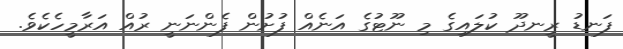
ފަނޑު ރީނދޫ ކުލައިގެ މި ނޫޓުގެ އަނެއް ފުށުން ފެންނަނީ ރުއް އަރާމީހެކެވެ.